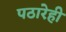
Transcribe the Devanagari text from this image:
पठारेही